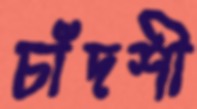
চাঁদশী